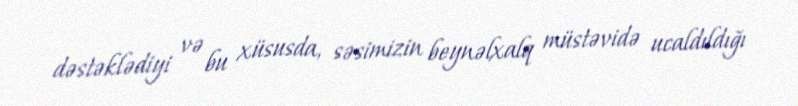
dəstəklədiyi və bu xüsusda, səsimizin beynəlxalq müstəvidə ucaldıldığı